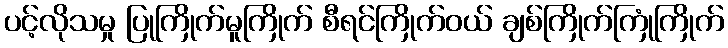
ပင့်လိုသမှု ပြုကြိုက်မူကြိုက် စီရင်ကြိုက်ဝယ် ချစ်ကြိုက်ကြုံကြိုက်